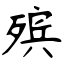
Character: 殡